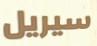
سيريل